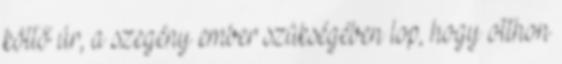
költő úr, a szegény ember szükségében lop, hogy otthon